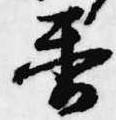
香